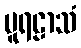
ပူရဠာသံ